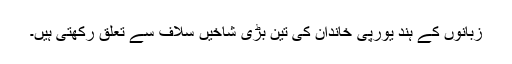
زبانوں کے ہند یورپی خاندان کی تین بڑی شاخیں سلاف سے تعلق رکھتی ہیں۔